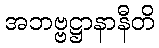
အဘဗ္ဗဋ္ဌာနာနီတိ